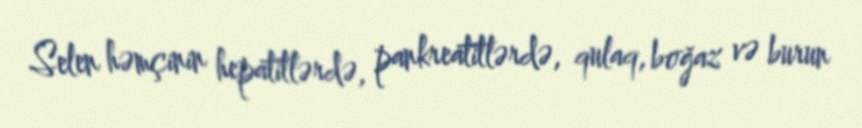
Selen həmçinin hepatitlərdə, pankreatitlərdə, qulaq, boğaz və burun